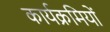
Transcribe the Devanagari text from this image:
कार्यक्रमियों